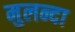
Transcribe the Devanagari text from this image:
मुलन्दा